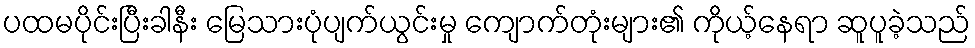
ပထမပိုင်းပြီးခါနီး မြေသားပုံပျက်ယွင်းမှု ကျောက်တုံးများ၏ ကိုယ့်နေရာ ဆူပူခဲ့သည်